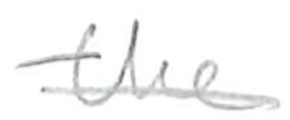
Text: the
Cross-out: single-line
Writing tool: pencil